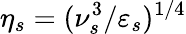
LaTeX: \eta_{s}=(\nu_{s}^{3}/\varepsilon_{s})^{1/4}